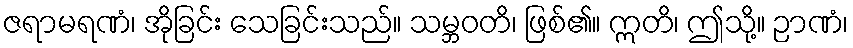
ဇရာမရဏံ၊ အိုခြင်း သေခြင်းသည်။ သမ္ဘဝတိ၊ ဖြစ်၏။ ဣတိ၊ ဤသို့။ ဉာဏံ၊